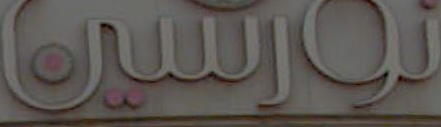
نورسين